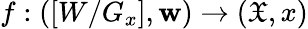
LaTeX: f:([W/G_{x}],\mathbf{w})\to({\mathfrak{{X}}},x)